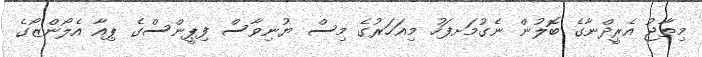
މިތާޖު އެރީދްނާގެ ބޮލުން ނެގުމަށފަހު މިއަހަރުގެ މިސް ޔުނިވާސް ފިޕީންސްގެ ޕިއާ އެލޯންޒޯގެ